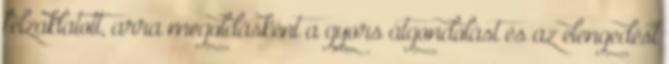
felzaklatott, arra megoldásként a gyors átgondolást és az elengedést